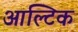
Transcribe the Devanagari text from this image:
आल्टिक